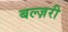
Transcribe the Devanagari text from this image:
बल्ज़री